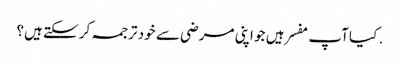
. کیا آپ مفسر ہیں جو اپنی مرضی سے خود ترجمہ کر سکتے ہیں؟